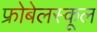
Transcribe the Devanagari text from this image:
फ्रोबेलस्कूल